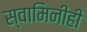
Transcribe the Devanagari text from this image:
स्वामिनीही